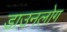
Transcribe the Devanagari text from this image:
डाउनलोग